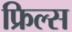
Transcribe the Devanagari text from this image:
फ्रिल्स